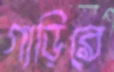
গাড়িরে